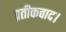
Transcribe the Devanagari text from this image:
प्रतीकवाद।